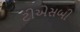
ટીએસબી